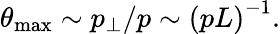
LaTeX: \theta_{\operatorname*{max}}\sim p_{\perp}/p\sim\left(pL\right)^{-1}.